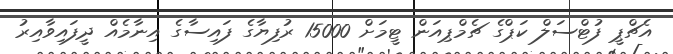
އެޗްޕީ ފުޓްސަލް ކަޕްގެ ޗެމްޕިއަން ޓީމަށް 15000 ރުފިޔާގެ ފައިސާގެ އިނާމެއް ދީފައިވާއިރު